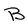
Character: B